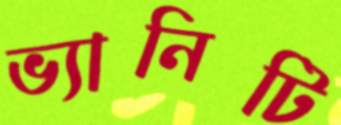
ভ্যানিটি